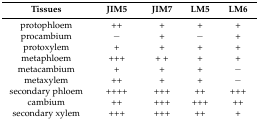
<table><thead><tr><td><b>Tissues</b></td><td><b>JIM5</b></td><td><b>JIM7</b></td><td><b>LM5</b></td><td><b>LM6</b></td></tr></thead><tbody><tr><td>protophloem</td><td>++</td><td>+</td><td>+</td><td>+</td></tr><tr><td>procambium</td><td>−</td><td>+</td><td>−</td><td>+</td></tr><tr><td>protoxylem</td><td>+</td><td>+</td><td>+</td><td>+</td></tr><tr><td>metaphloem</td><td>+++</td><td>+ +</td><td>+</td><td>+</td></tr><tr><td>metacambium</td><td>+</td><td>+</td><td>+</td><td>−</td></tr><tr><td>metaxylem</td><td>++</td><td>+</td><td>+</td><td>−</td></tr><tr><td>secondary phloem</td><td>++++</td><td>+++</td><td>++</td><td>+++</td></tr><tr><td>cambium</td><td>++</td><td>+++</td><td>+++</td><td>++</td></tr><tr><td>secondary xylem</td><td>+++</td><td>+++</td><td>++</td><td>+</td></tr></tbody></table>